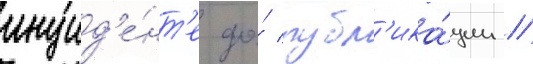
инцид'е́нт'е до́ публ'ика́ции /